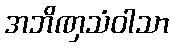
အဘိဏှသံဝါသာ